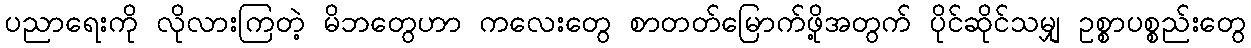
ပညာရေးကို လိုလားကြတဲ့ မိဘတွေဟာ ကလေးတွေ စာတတ်မြောက်ဖို့အတွက် ပိုင်ဆိုင်သမျှ ဥစ္စာပစ္စည်းတွေ